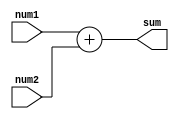
// Code your design here
module adder_with_function(
    input [7:0] num1,
    input [7:0] num2,
    output reg [7:0] sum
);

// Function to add two numbers
function [7:0] add_numbers;
    input [7:0] a, b;
    begin
        add_numbers = a + b;
    end
endfunction

// Main functionality
always @* begin
    sum = add_numbers(num1, num2);
end

endmodule